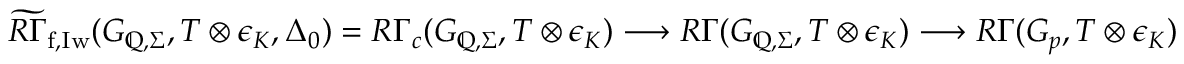
\widetilde { R \Gamma } _ { \mathrm { f , I w } } ( G _ { \mathbb { Q } , \Sigma } , T \otimes \epsilon _ { K } , \Delta _ { 0 } ) = R \Gamma _ { c } ( G _ { \mathbb { Q } , \Sigma } , T \otimes \epsilon _ { K } ) \longrightarrow R \Gamma ( G _ { \mathbb { Q } , \Sigma } , T \otimes \epsilon _ { K } ) \longrightarrow R \Gamma ( G _ { p } , T \otimes \epsilon _ { K } )